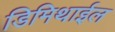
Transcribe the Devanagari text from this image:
डिमिथाईल